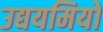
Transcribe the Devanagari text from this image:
उद्ययमियों